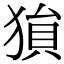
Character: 𪻅